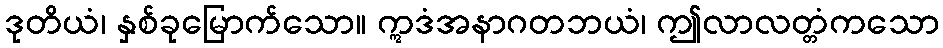
ဒုတိယံ၊ နှစ်ခုမြောက်သော။ ဣဒံအနာဂတဘယံ၊ ဤလာလတ္တံကသော